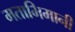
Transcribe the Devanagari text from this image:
मताभिमानी